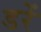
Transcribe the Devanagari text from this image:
डरें